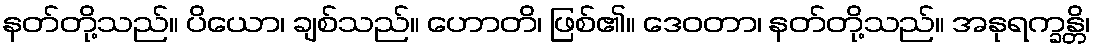
နတ်တို့သည်။ ပိယော၊ ချစ်သည်။ ဟောတိ၊ ဖြစ်၏။ ဒေဝတာ၊ နတ်တို့သည်။ အနုရက္ခန္တိ၊